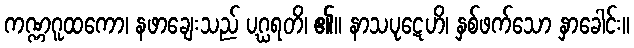
ကဏ္ဏဂူထကော၊ နဖာချေးသည် ပဂ္ဃရတိ၊ ၏။ နာသပုဋေဟိ၊ နှစ်ဖက်သော နှာခေါင်း။